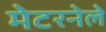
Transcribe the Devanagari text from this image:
मेटरनेले